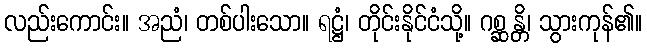
လည်းကောင်း။ အညံ၊ တစ်ပါးသော။ ရဋ္ဌံ၊ တိုင်းနိုင်ငံသို့။ ဂစ္ဆန္တိ၊ သွားကုန်၏။